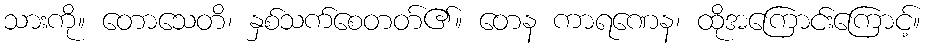
သားကို။ တောသေတိ၊ နှစ်သက်စေတတ်၏။ တေန ကာရဏေန၊ ထိုအကြောင်းကြောင့်။